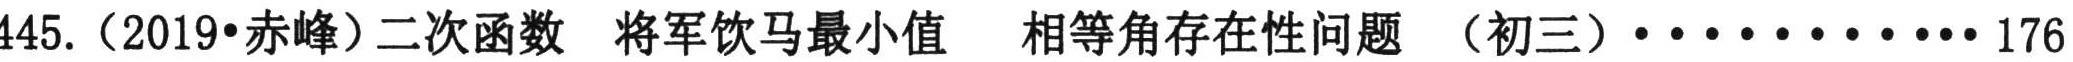
445.（2019•赤峰）二次函数 将军饮马最小值 相等角存在性问题 （初三）············176